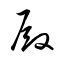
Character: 殿